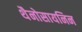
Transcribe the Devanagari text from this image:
थैनोसायनिन